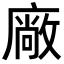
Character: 廠